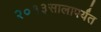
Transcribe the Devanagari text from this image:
२०१३सालापर्यंत